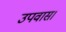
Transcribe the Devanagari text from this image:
उपवास।